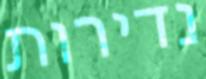
נדירות